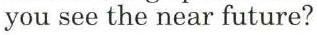
you see the near future?